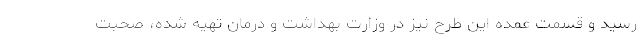
رسید و قسمت عمده این طرح نیز در وزارت بهداشت و درمان تهیه شده، صحبت